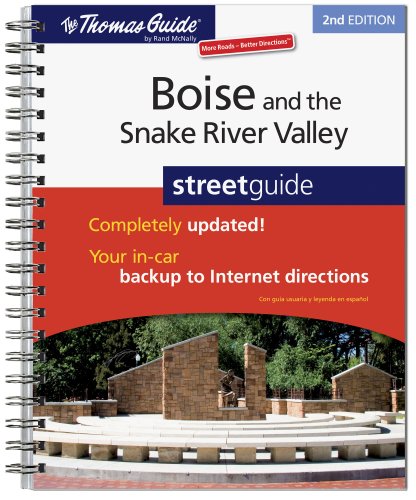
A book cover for The Thomas Guide  Boise and the Snake River Valley Streetguide, 2nd Edition; Travel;